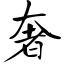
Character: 奢